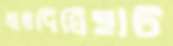
লালদিঘিহাট